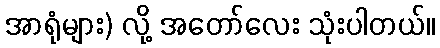
အာရုံများ) လို့ အတော်လေး သုံးပါတယ်။